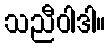
သညီဝါဒါ။